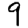
Digit: 9